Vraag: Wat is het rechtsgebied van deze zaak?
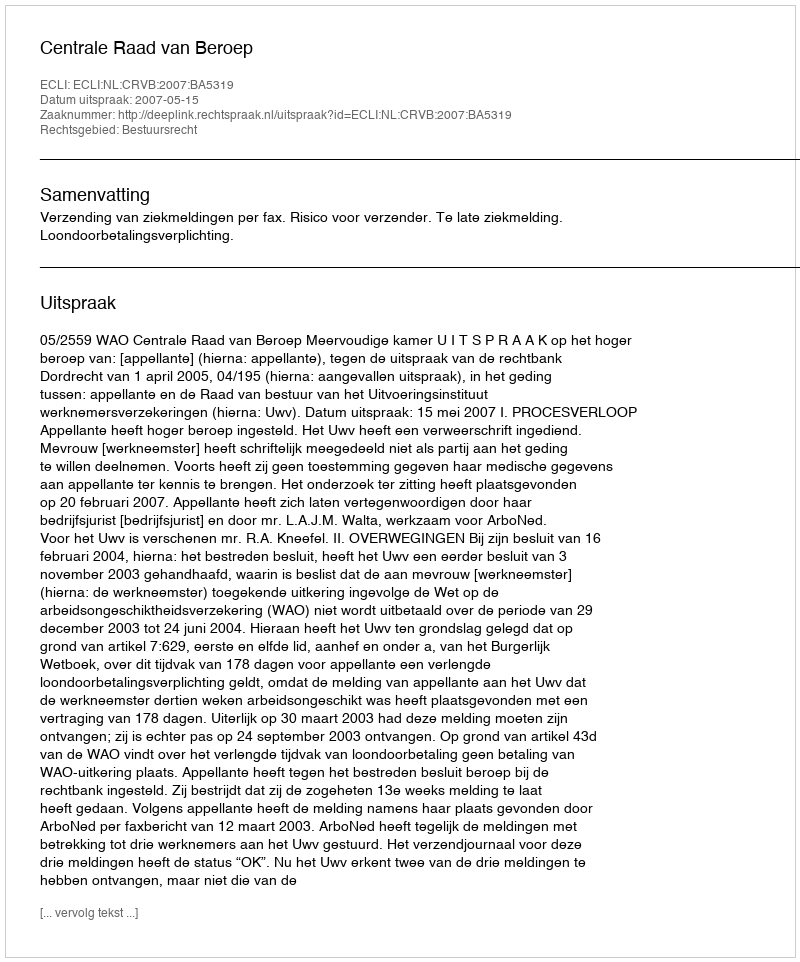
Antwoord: Bestuursrecht